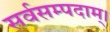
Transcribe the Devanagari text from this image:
सर्वसम्पदाम्‌।